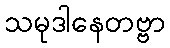
သမုဒါနေတဗ္ဗာ